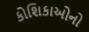
કોશિકાઓનો